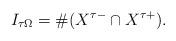
LaTeX: \begin{align*}I_{\tau\Omega}=\#(X^{\tau -}\cap X^{\tau +}).\end{align*}